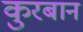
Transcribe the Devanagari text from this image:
कुरबान